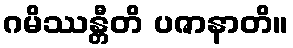
ဂမိဿန္တီတိ ပဇာနာတိ။